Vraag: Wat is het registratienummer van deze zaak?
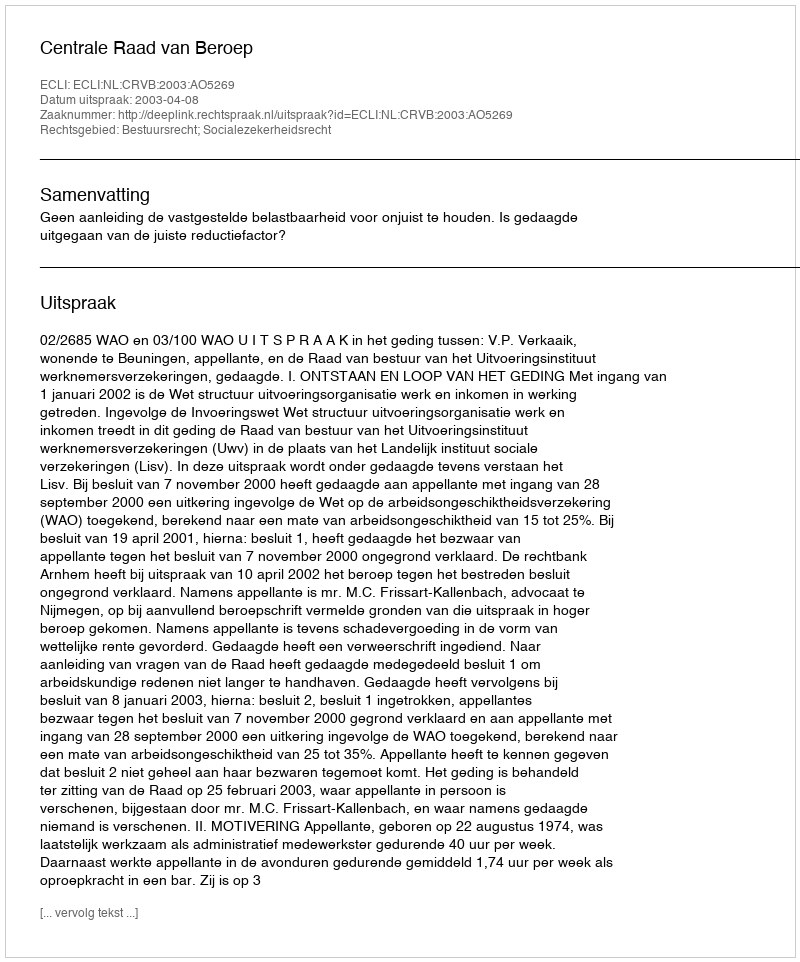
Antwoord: http://deeplink.rechtspraak.nl/uitspraak?id=ECLI:NL:CRVB:2003:AO5269